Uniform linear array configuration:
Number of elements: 16
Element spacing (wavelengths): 0.5
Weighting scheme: blackman
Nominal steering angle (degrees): -15
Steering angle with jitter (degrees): -16.116
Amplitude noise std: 0.05
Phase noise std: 0.05

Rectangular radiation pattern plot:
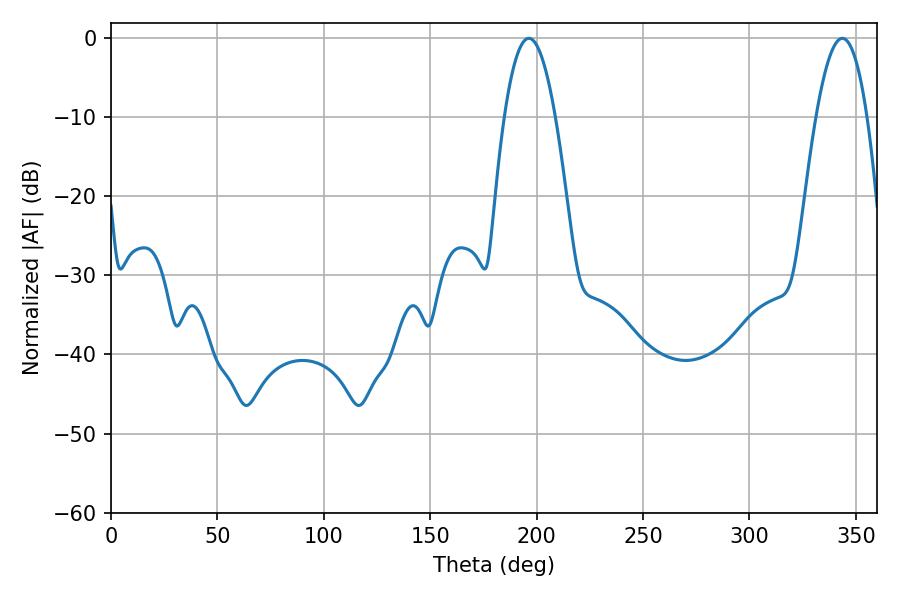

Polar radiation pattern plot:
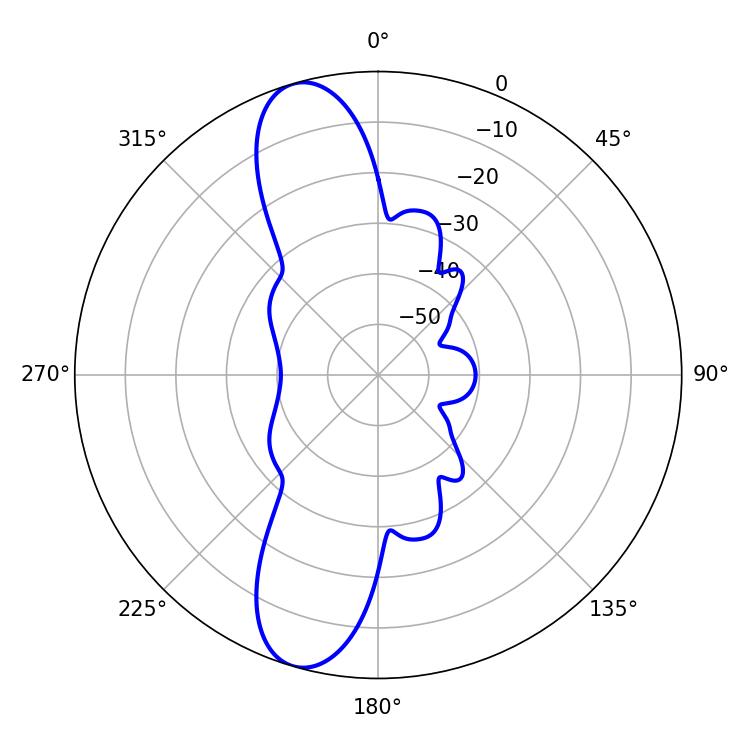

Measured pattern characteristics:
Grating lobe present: FALSE
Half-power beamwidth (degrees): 13.14
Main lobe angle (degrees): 343.62